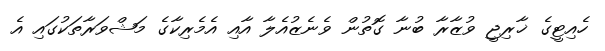
ހެއިޓީގެ ޚާރިޖީ ވުޒާރާ ބުނާ ގޮތުން ވެނެޒުއެލާ އާއި އެމެރިކާގެ މަޝްވަރާތަކުގައި އެ